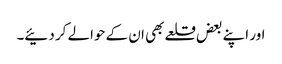
اور اپنے بعض قلعے بھی ان کے حوالے کر دئیے۔